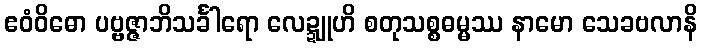
ဧဝံဝိဓော ပဗ္ဗဇ္ဇာဘိသင်္ခါရော လေဍ္ဍူဟိ စတုသစ္စဓမ္မဿ နာမော သေခဗလာနိ